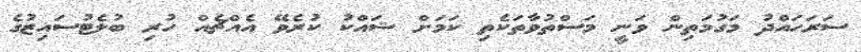
ސަރަހައްދު މަގުމަތިން ވަނީ މަސްތުވާތަކެތި ކަމަށް ޝައްކު ކުރެވޭ އެއްޗެއް ހުރި ބުލެޓުސައިޒުގެ